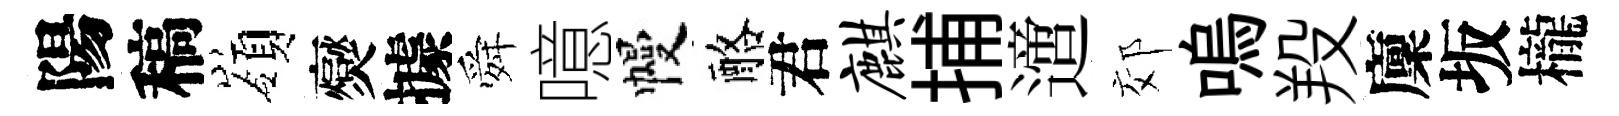
陽稿嶺爕據舜噫幔酪君麒捕𨗁郊嗚羖廩坂櫳